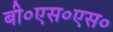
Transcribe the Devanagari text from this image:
बी०एस०एस०